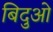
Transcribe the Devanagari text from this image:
बिदुओ